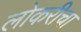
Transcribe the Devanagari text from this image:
लोकरीचा